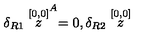
\delta _ { R 1 } \stackrel { [ 0 , 0 ] } { z } ^ { A } = 0 , \delta _ { R 2 } \stackrel { [ 0 , 0 ] } { z }